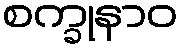
စက္ခုနာဝ